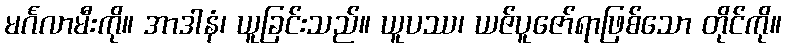
မင်္ဂလာမီးကို။ အာဒါနံ၊ ယူခြင်းသည်။ ယူပဿ၊ ယဇ်ပူဇော်ရာဖြစ်သော တိုင်ကို။